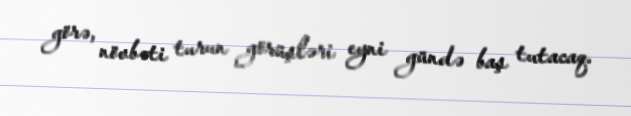
görə, növbəti turun görüşləri eyni gündə baş tutacaq.